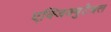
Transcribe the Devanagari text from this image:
एक्जिक्युटेबल